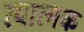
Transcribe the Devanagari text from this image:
त्यात्मक